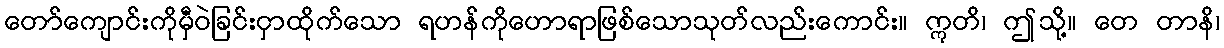
တော်ကျောင်းကိုမှီဝဲခြင်းငှာထိုက်သော ရဟန်ကိုဟောရာဖြစ်သောသုတ်လည်းကောင်း။ ဣတိ၊ ဤသို့။ တေ တာနိ၊